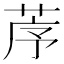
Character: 𦯅